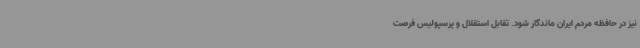
نیز در حافظه مردم ایران ماندگار شود. تقابل استقلال و پرسپولیس فرصت